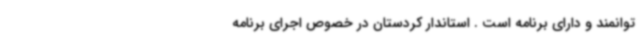
توانمند و دارای برنامه است . استاندار کردستان در خصوص اجرای برنامه